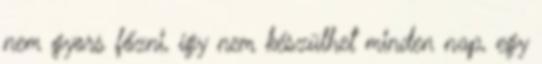
nem gyors főzni, így nem készülhet minden nap, egy